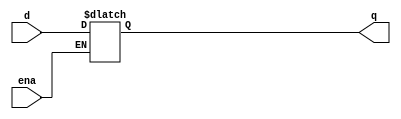
//latch  

module top_module(
    input d,
    input ena,
    output q
);

reg q_reg;

//  sensitivity list  negedge posedge  
// sensitivity list    edge sensitive 
// level sensitive   S.L. high   if  
always @(d or ena) begin 
    if (ena) begin
        q_reg <= d;
    end
end

//  S.L.  *  
//always @(*) begin <-- 
//    if (ena) begin
//        q_reg <= d;
//    end
//end

assign q = q_reg;

endmodule